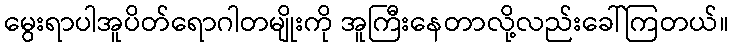
မွေးရာပါအူပိတ်ရောဂါတမျိုးကို အူကြီးနေတာလို့လည်းခေါ်ကြတယ်။